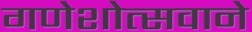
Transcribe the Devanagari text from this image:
गणेशोत्सवाने